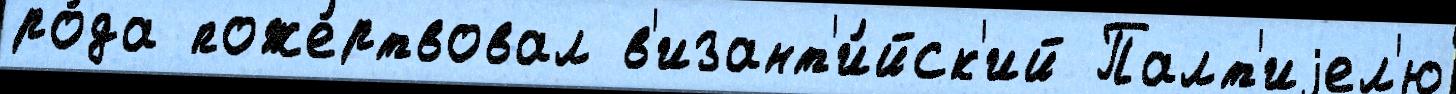
ро́да поже́ртвовал в'изант'и́йск'ий Палт'иjел'ю